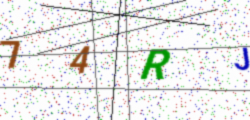
Text: 74RJ